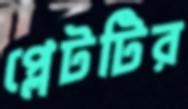
প্লেটটির